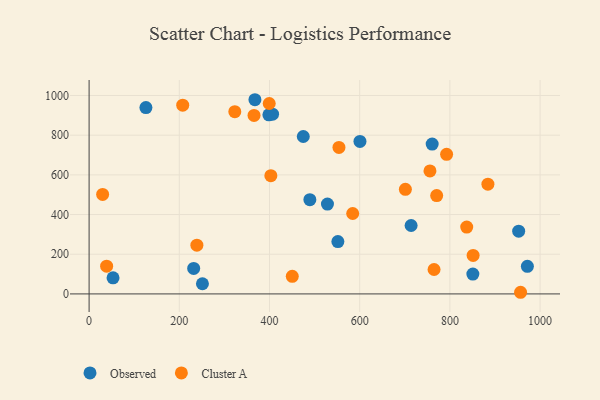
{"axis": {"x": "Experience", "y": "Salary"}, "legend": ["Cluster A", "Observed"], "data": [{"x": "398.6", "y": 902.6, "type": "Observed"}, {"x": "53.1", "y": 81.2, "type": "Observed"}, {"x": "714.0", "y": 344.8, "type": "Observed"}, {"x": "600.6", "y": 768.5, "type": "Observed"}, {"x": "971.8", "y": 139.1, "type": "Observed"}, {"x": "474.9", "y": 793.4, "type": "Observed"}, {"x": "528.5", "y": 452.8, "type": "Observed"}, {"x": "551.6", "y": 263.8, "type": "Observed"}, {"x": "367.7", "y": 978.6, "type": "Observed"}, {"x": "231.9", "y": 128.5, "type": "Observed"}, {"x": "251.3", "y": 51.2, "type": "Observed"}, {"x": "952.5", "y": 316.2, "type": "Observed"}, {"x": "406.8", "y": 905.7, "type": "Observed"}, {"x": "850.9", "y": 99.9, "type": "Observed"}, {"x": "489.5", "y": 474.9, "type": "Observed"}, {"x": "760.7", "y": 755.3, "type": "Observed"}, {"x": "126.0", "y": 939.1, "type": "Observed"}, {"x": "365.7", "y": 899.6, "type": "Cluster A"}, {"x": "851.5", "y": 194.1, "type": "Cluster A"}, {"x": "584.5", "y": 405.2, "type": "Cluster A"}, {"x": "30.0", "y": 501.2, "type": "Cluster A"}, {"x": "701.3", "y": 527.0, "type": "Cluster A"}, {"x": "956.7", "y": 8.3, "type": "Cluster A"}, {"x": "764.9", "y": 123.1, "type": "Cluster A"}, {"x": "884.3", "y": 552.8, "type": "Cluster A"}, {"x": "755.8", "y": 619.9, "type": "Cluster A"}, {"x": "554.0", "y": 738.0, "type": "Cluster A"}, {"x": "323.1", "y": 918.6, "type": "Cluster A"}, {"x": "770.7", "y": 495.7, "type": "Cluster A"}, {"x": "403.0", "y": 595.7, "type": "Cluster A"}, {"x": "399.4", "y": 959.7, "type": "Cluster A"}, {"x": "792.7", "y": 703.3, "type": "Cluster A"}, {"x": "207.6", "y": 951.2, "type": "Cluster A"}, {"x": "837.3", "y": 337.1, "type": "Cluster A"}, {"x": "38.9", "y": 139.6, "type": "Cluster A"}, {"x": "239.0", "y": 245.8, "type": "Cluster A"}, {"x": "450.5", "y": 88.8, "type": "Cluster A"}]}